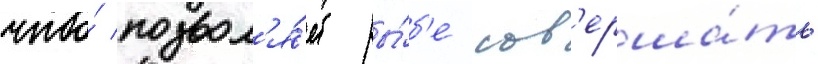
что́ позвол'я́ет ры́б'е сов'ерша́ть